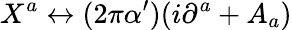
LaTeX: X^{a}\leftrightarrow(2\pi\alpha^{\prime})(i\partial^{a}+A_{a})